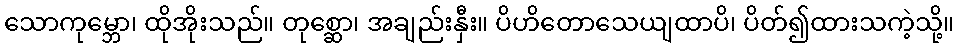
သောကုမ္ဘော၊ ထိုအိုးသည်။ တုစ္ဆော၊ အချည်းနှီး။ ပိဟိတောသေယျထာပိ၊ ပိတ်၍ထားသကဲ့သို့။